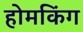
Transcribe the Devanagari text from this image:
होमकिंग